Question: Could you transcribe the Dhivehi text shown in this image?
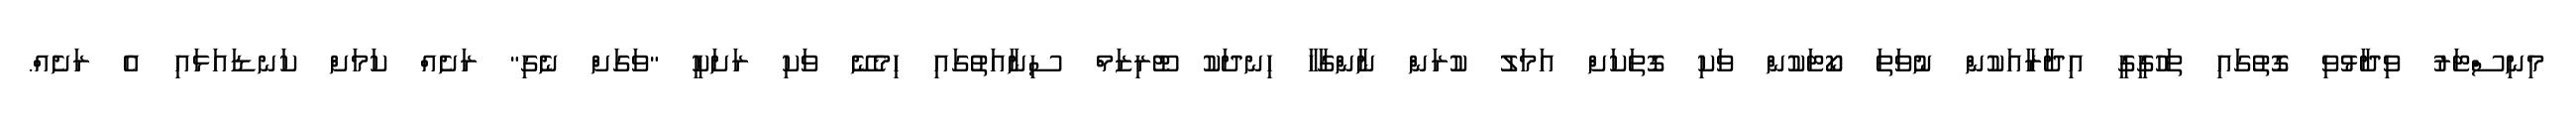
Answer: މިނިސްޓަރު ވިދާޅުވި ގޮތުގައި ތަހުގީގީ އިދާރާއަކުން ނުވަތަ ކޯޓަކުން ވަކި ގޮތަކަށް އަމަލު ކުރަން ނާންގާހާ ހިނދަކު ޓޫރިޒަމް ސިނާއަތުގައި ހިމެނޭ ވަކި ރަށަކީ "ވަގަށް ނެގި" ރަށެއް ކަމަށް ކަނޑައަޅައި އެ ރަށެއް.